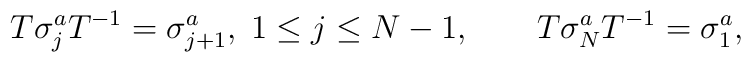
T\sigma_{j}^{a}T^{-1}=\sigma_{j+1}^{a},\; 1\le j\le N-1,\qquad T\sigma_{N}^{a}T^{-1}=\sigma_{1}^{a},